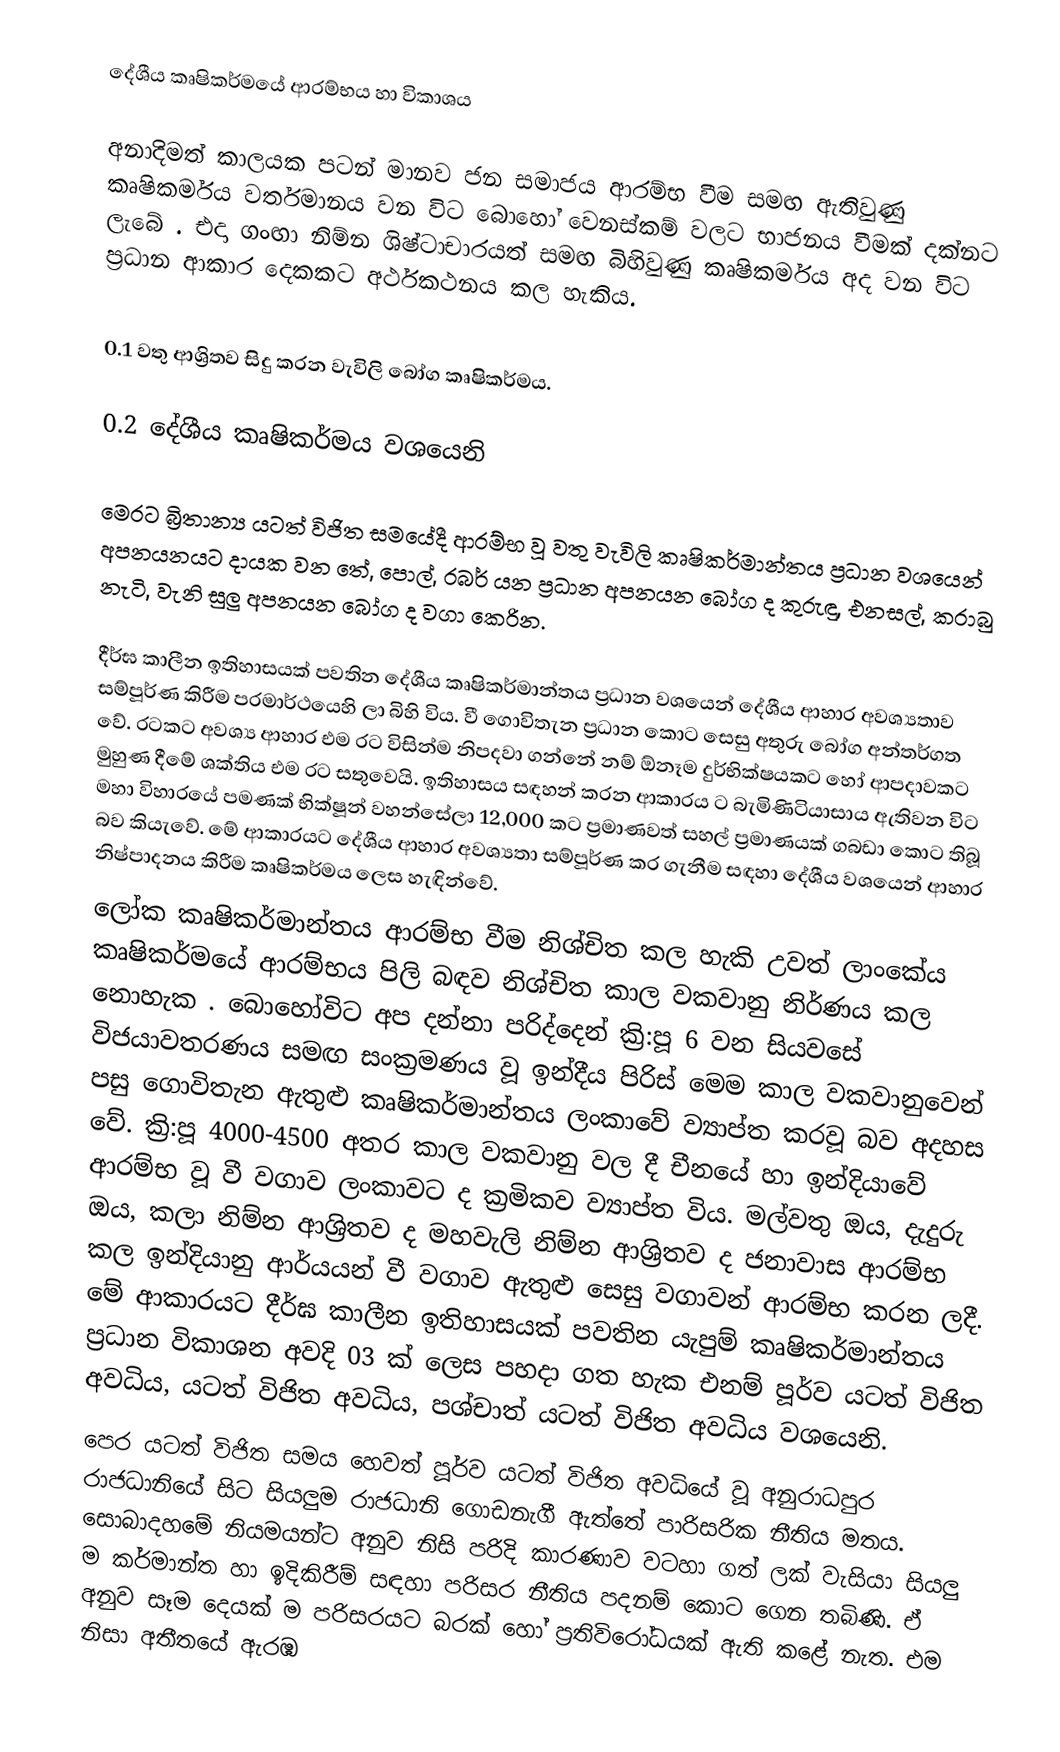
දේශීය කෘෂිකර්මයේ ආරම්භය හා විකාශය

අනාදිමත් කාලයක පටන් මානව ජන සමාජය ආරම්භ වීම සමඟ ඇතිවුණු කෘෂිකර්මය වර්තමානය වන විට බොහෝ වෙනස්කම් වලට භාජනය වීමක් දක්නට ලැබේ . එදා ගංඟා නිම්න ශිෂ්ටාචාරයත් සමඟ බිහිවුණු කෘෂිකර්මය අද වන විට ප්‍රධාන ආකාර දෙකකට අර්ථකථනය කල හැකිය.

                                                                                                 0.1	වතු ආශ්‍රිතව සිදු කරන වැවිලි බෝග කෘෂිකර්මය.

                                                                                                0.2	 දේශීය කෘෂිකර්මය වශයෙනි

 මෙරට බ්‍රිතාන්‍ය යටත් විජිත සමයේදී ආරම්භ වූ වතු වැවිලි කෘෂිකර්මාන්තය ප්‍රධාන වශයෙන් අපනයනයට දායක වන  තේ, පොල්, රබර් යන ප්‍රධාන අපනයන බෝග ද කුරුඳු, එනසල්, කරාබු නැටි, වැනි සුලු අපනයන බෝග ද වගා කෙරින.

දීර්ඝ කාලීන ඉතිහාසයක් පවතින දේශීය කෘෂිකර්මාන්තය ප්‍රධාන වශයෙන් දේශීය ආහාර අවශ්‍යතාව සම්පූර්ණ කිරීම පරමාර්ථයෙහි ලා බිහි විය. වී ගොවිතැන ප්‍රධාන කොට සෙසු අතුරු බෝග අන්තර්ගත වේ.  රටකට අවශ්‍ය ආහාර එම රට විසින්ම නිපදවා ගන්නේ නම් ඕනෑම දුර්භික්ෂයකට හෝ ආපදාවකට මුහුණ දීමේ ශක්තිය එම රට සතුවෙයි. ඉතිහාසය සඳහන් කරන ආකාරය ට බැමිණිටියාසාය ඇතිවන විට මහා විහාරයේ පමණක් භික්ෂූන් වහන්සේලා 12,000 කට ප්‍රමාණවත් සහල් ප්‍රමාණයක් ගබඩා කොට තිබූ බව කියැවේ. මේ ආකාරයට දේශීය ආහාර අවශ්‍යතා සම්පූර්ණ කර ගැනීම සඳහා දේශීය වශයෙන් ආහාර  නිෂ්පාදනය කිරීම කෘෂිකර්මය ලෙස හැඳින්වේ.
ලෝක කෘෂිකර්මාන්තය ආරම්භ වීම නිශ්චිත කල හැකි උවත් ලාංකේය කෘෂිකර්මයේ ආරම්භය පිලි බඳව නිශ්චිත කාල වකවානු නිර්ණය කල නොහැක . බොහෝවිට අප දන්නා පරිද්දෙන් ක්‍රි:පූ 6 වන සියවසේ විජයාවතරණය සමඟ සංක්‍රමණය වූ ඉන්දීය පිරිස් මෙම කාල වකවානුවෙන් පසු ගොවිතැන ඇතුළු කෘෂිකර්මාන්තය ලංකාවේ ව්‍යාප්ත කරවූ බව අදහස වේ. ක්‍රි:පූ 4000-4500 අතර කාල වකවානු වල දී චීනයේ හා ඉන්දියාවේ ආරම්භ වූ වී වගාව ලංකාවට ද ක්‍රමිකව ව්‍යාප්ත විය. මල්වතු ඔය, දැදුරු ඔය, කලා නිම්න ආශ්‍රිතව ද මහවැලි නිම්න ආශ්‍රිතව ද ජනාවාස ආරම්භ කල ඉන්දියානු ආර්යයන් වී වගාව ඇතුළු සෙසු වගාවන් ආරම්භ කරන ලදී. මේ ආකාරයට දීර්ඝ කාලීන ඉතිහාසයක් පවතින යැපුම් කෘෂිකර්මාන්තය ප්‍රධාන විකාශන අවදි 03 ක් ලෙස පහදා ගත හැක එනම් පූර්ව යටත් විජිත අවධිය, යටත් විජිත අවධිය, පශ්චාත් යටත් විජිත අවධිය වශයෙනි.
පෙර යටත් විජිත සමය හෙවත් පූර්ව යටත් විජිත අවධියේ වූ අනුරාධපුර රාජධානියේ සිට සියලුම රාජධානි ගොඩනැගී ඇත්තේ පාරිසරික නීතිය මතය. සොබාදහමේ නියමයන්ට අනුව නිසි පරිදි කාරණාව වටහා ගත් ලක් වැසියා සියලු ම කර්මාන්ත හා ඉදිකිරීම් සඳහා පරිසර නීතිය පදනම් කොට ගෙන තබිණි. ඒ අනුව සෑම දෙයක් ම පරිසරයට බරක් හෝ ප්‍රතිවිරෝධයක් ඇති කළේ නැත. එම නිසා අතීතයේ ඇරඹ